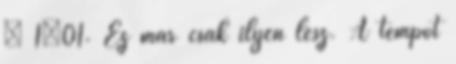
– 1×01. Ez már csak ilyen lesz. A tempót